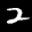
Label: 2